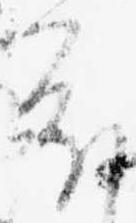
分